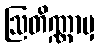
ဩတိဏ္ဏာမှ